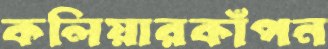
কলিয়ারকাঁপন